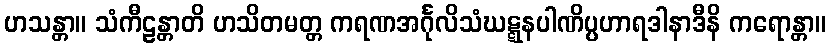
ဟသန္တာ။ သံကီဠန္တာတိ ဟသိတမတ္တ ကရဏအင်္ဂုလိသံဃဋ္ဋနပါဏိပ္ပဟာရဒါနာဒီနိ ကရောန္တာ။